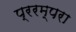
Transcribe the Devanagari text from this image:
प्ररम्परा